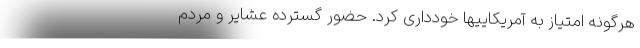
هرگونه امتیاز به آمریکاییها خودداری کرد. حضور گسترده عشایر و مردم